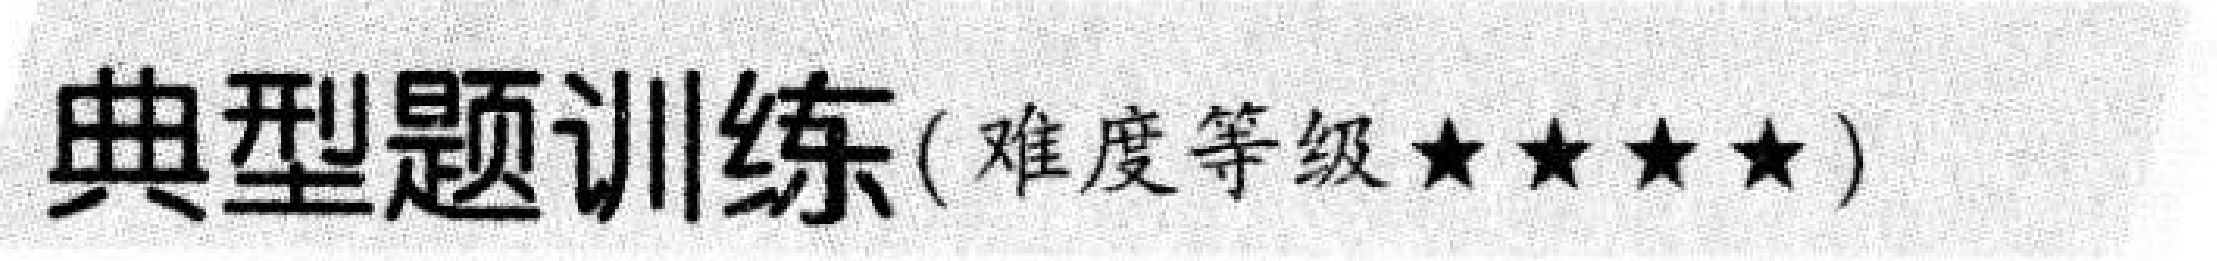
典型题训练( 难度等级\(\star\star\star\star\))